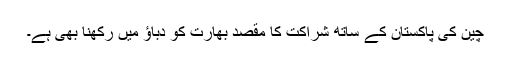
چین کی پاکستان کے ساتھ شراکت کا مقصد بھارت کو دباؤ میں رکھنا بھی ہے۔